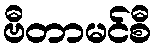
ဗီတာမင်စီ